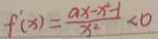
f ^ { \prime } ( x ) = \frac { a x - x ^ { 2 } - 1 } { x ^ { 2 } } < 0